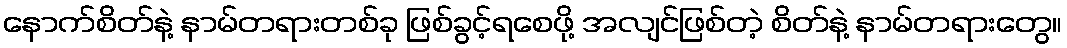
နောက်စိတ်နဲ့ နာမ်တရားတစ်ခု ဖြစ်ခွင့်ရစေဖို့ အလျင်ဖြစ်တဲ့ စိတ်နဲ့ နာမ်တရားတွေ။